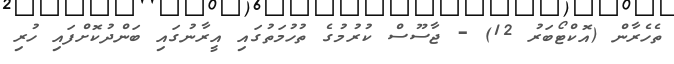
ތެހެރާން (އޮކްޓޯބަރު 12) - ޖާސޫސް ކުރުމުގެ ތުހުމަތުގައި އީރާނުގައި ބަންދުކޮށްފައި ހުރި